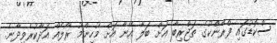
ސްކޮޑުގައި ފްރޭންކުގެ ތަޖްރިބާ އަށް ބަލާ އޭނާ އަށް މުހިންމު ރޯލެއް އަދާކުރެވިދާނެ.